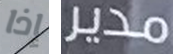
إذا مدير